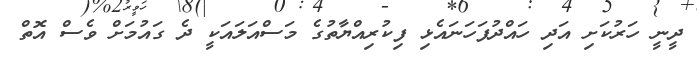
ދީނީ ހަރުކަށި އަދި ހައްދުފަހަނައެޅި ފިކުރިއްޔާތުގެ މަސްއަލައަކީ ދެ ގައުމަށް ވެސް އޮތް